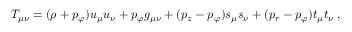
T _ { \mu \nu } = ( \rho + p _ { \varphi } ) u _ { \mu } u _ { \nu } + p _ { \varphi } g _ { \mu \nu } + ( p _ { z } - p _ { \varphi } ) s _ { \mu } s _ { \nu } + ( p _ { r } - p _ { \varphi } ) t _ { \mu } t _ { \nu } \; ,